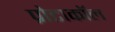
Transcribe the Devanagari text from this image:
प्रोटाकॉल